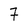
Character: 7